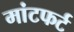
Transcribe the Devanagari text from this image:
मांटफर्ट